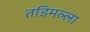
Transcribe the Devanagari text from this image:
तडिमल्ला